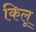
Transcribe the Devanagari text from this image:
किलू